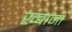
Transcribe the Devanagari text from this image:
ख्‍वाजा